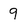
Character: 9